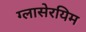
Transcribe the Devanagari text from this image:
ग्लासेरयिम